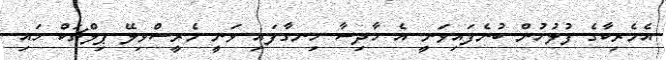
އެމެރިކާގެ ފުލުހުން ބުނެފައިވަނީ އެ ހާދިސާ ހިނގާފައި ވަނީ މެރީސްވިލޭ ޕިލްޗަކް ހައި